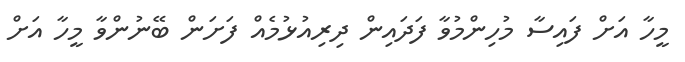
މީހާ އަށް ފައިސާ މުހިންމުވާ ފަދައިން ދިރިއުޅުމެއް ފަށަން ބޭނުންވާ މީހާ އަށް